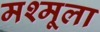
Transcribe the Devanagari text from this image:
मश्मूला